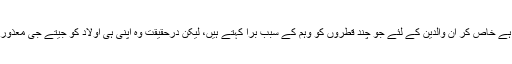
یہی فلم کا ایک اور اصل پیغام بھی ہے خاص کر ان والدین کے لئے جو چند قطروں کو وہم کے سبب برا کہتے ہیں، لیکن درحقیقت وہ اپنی ہی اولاد کو جیتے جی معذوری کے برزخ میں چھوڑ جاتے ہیں۔